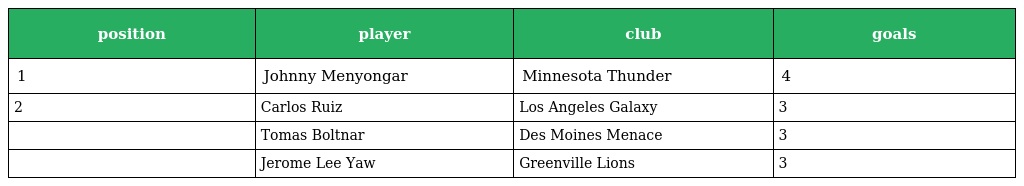
| position | player | club | goals |
 | --- | --- | --- | --- |
 | 1 | Johnny Menyongar | Minnesota Thunder | 4 |
 | 2 | Carlos Ruiz | Los Angeles Galaxy | 3 |
 |  | Tomas Boltnar | Des Moines Menace | 3 |
 |  | Jerome Lee Yaw | Greenville Lions | 3 |